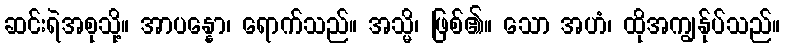
ဆင်းရဲအစုသို့။ အာပန္နော၊ ရောက်သည်။ အသ္မိ၊ ဖြစ်၏။ သော အဟံ၊ ထိုအကျွန်ုပ်သည်။